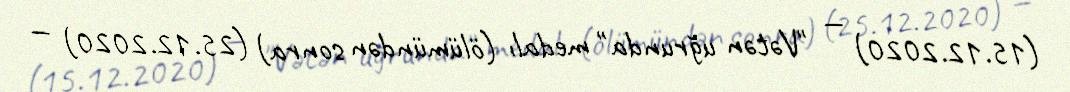
(15.12.2020) — "Vətən uğrunda" medalı (ölümündən sonra) (25.12.2020) —